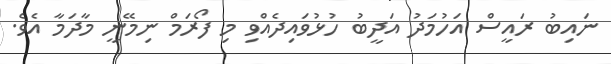
ނައިބު ރައީސް އަހުމަދު އަދީބު ހުޅުވައިދެއްވި މި ފޯރަމް ނިމޭނީ މާދަމާ އެވެ.